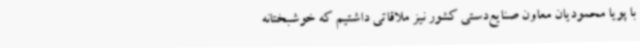
با پویا محمودیان معاون صنایع‌دستی کشور نیز ملاقاتی داشتیم که خوشبختانه